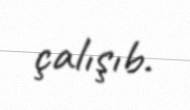
çalışıb.